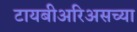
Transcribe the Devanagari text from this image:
टायबीअरिअसच्या